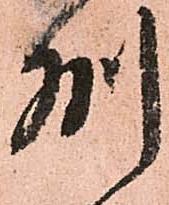
州